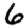
Digit: 6